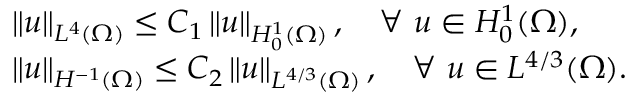
\begin{array} { r l } & { \left\Vert u \right\Vert _ { L ^ { 4 } ( \Omega ) } \leq C _ { 1 } \left\Vert u \right\Vert _ { H _ { 0 } ^ { 1 } ( \Omega ) } , \quad \forall ~ u \in H _ { 0 } ^ { 1 } ( \Omega ) , } \\ & { \left\Vert u \right\Vert _ { H ^ { - 1 } ( \Omega ) } \leq C _ { 2 } \left\Vert u \right\Vert _ { L ^ { 4 / 3 } ( \Omega ) } , \quad \forall ~ u \in L ^ { 4 / 3 } ( \Omega ) . } \end{array}